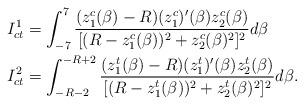
LaTeX: \begin{align*} I_{ct}^{1} & = \int_{-7}^{7} \frac{(z^c_1(\beta)-R) (z^c_1)'(\beta)z^c_2(\beta)}{[ (R-z^c_1(\beta))^2+z^c_2(\beta)^2]^2}d\beta \\ I_{ct}^{2} & = \int_{-R-2}^{-R+2} \frac{(z^t_1(\beta)-R) (z^t_1)'(\beta)z^t_2(\beta)}{[ (R-z^t_1(\beta))^2+z^t_2(\beta)^2]^2}d\beta.\end{align*}